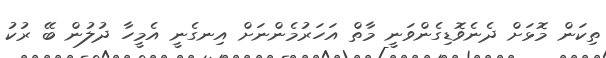
ތިކަން މޮޅަށް ދެނެވޮޑިގެންވަނީ މާތް އަހަރުމެންނަށް އިނގެނީ އެމީހާ ދުލުން ބޭ ރުކު